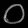
Digit: ၀